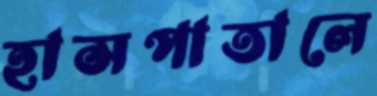
হাসপাতালে